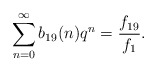
\begin{align*}\sum_{n=0}^{\infty}b_{19}(n)q^n=\frac{f_{19}}{f_1}.\end{align*}